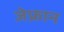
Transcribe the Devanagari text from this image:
जेफ्रान